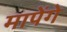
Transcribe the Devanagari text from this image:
मापेंगे